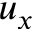
u _ { x }